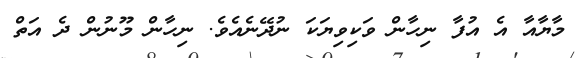
މާޔާއާ އެ އުފާ ނިހާން ވަކިވިޔަކަ ނުދޭނެއެވެ. ނިހާން މޫނުން ދެ އަތް